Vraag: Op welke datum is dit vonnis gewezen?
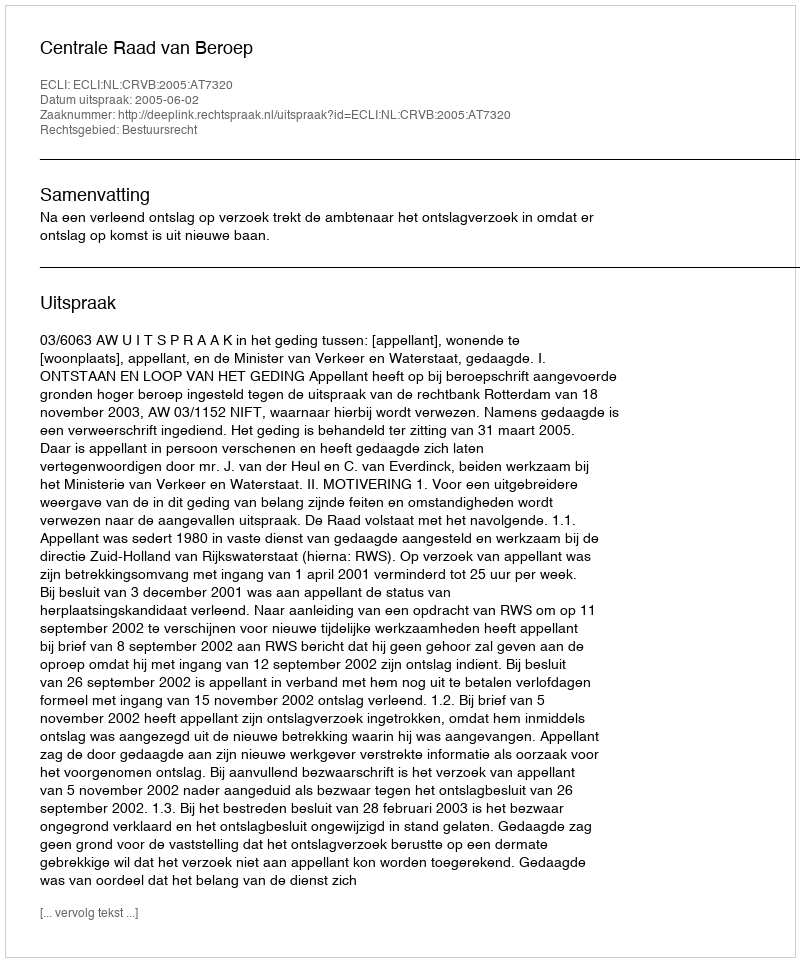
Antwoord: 2005-06-02